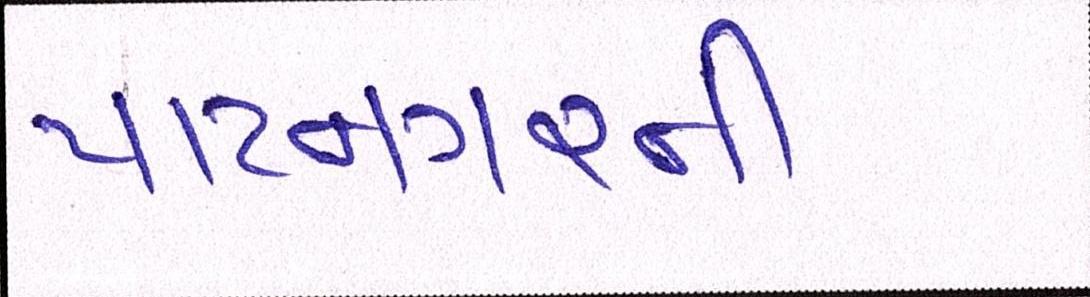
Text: પાટનગરની